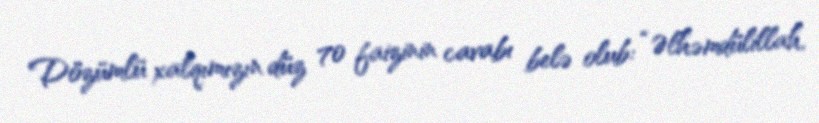
Dözümlü xalqımızın düz 70 faizinin cavabı belə olub: “Əlhəmdülillah,